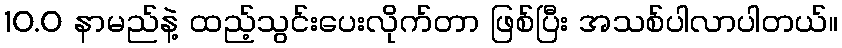
10.0 နာမည်နဲ့ ထည့်သွင်းပေးလိုက်တာ ဖြစ်ပြီး အသစ်ပါလာပါတယ်။